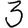
Digit: 3